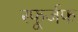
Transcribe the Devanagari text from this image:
स्फूर्जफ